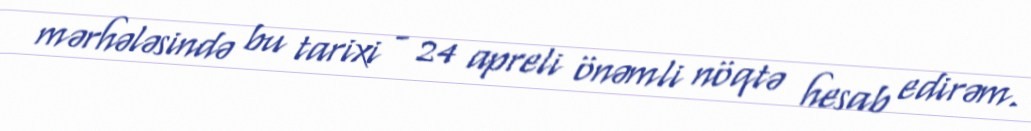
mərhələsində bu tarixi - 24 apreli önəmli nöqtə hesab edirəm.